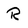
Character: R